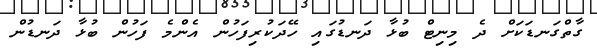
ގާތްގަނޑަކަށް ދެ މިނިޓް ބުޅާ ދަނޑުގައި ހޭދަކުރިފަހުން އެންމެ ފަހުން ބުޅާ ދަނޑުން